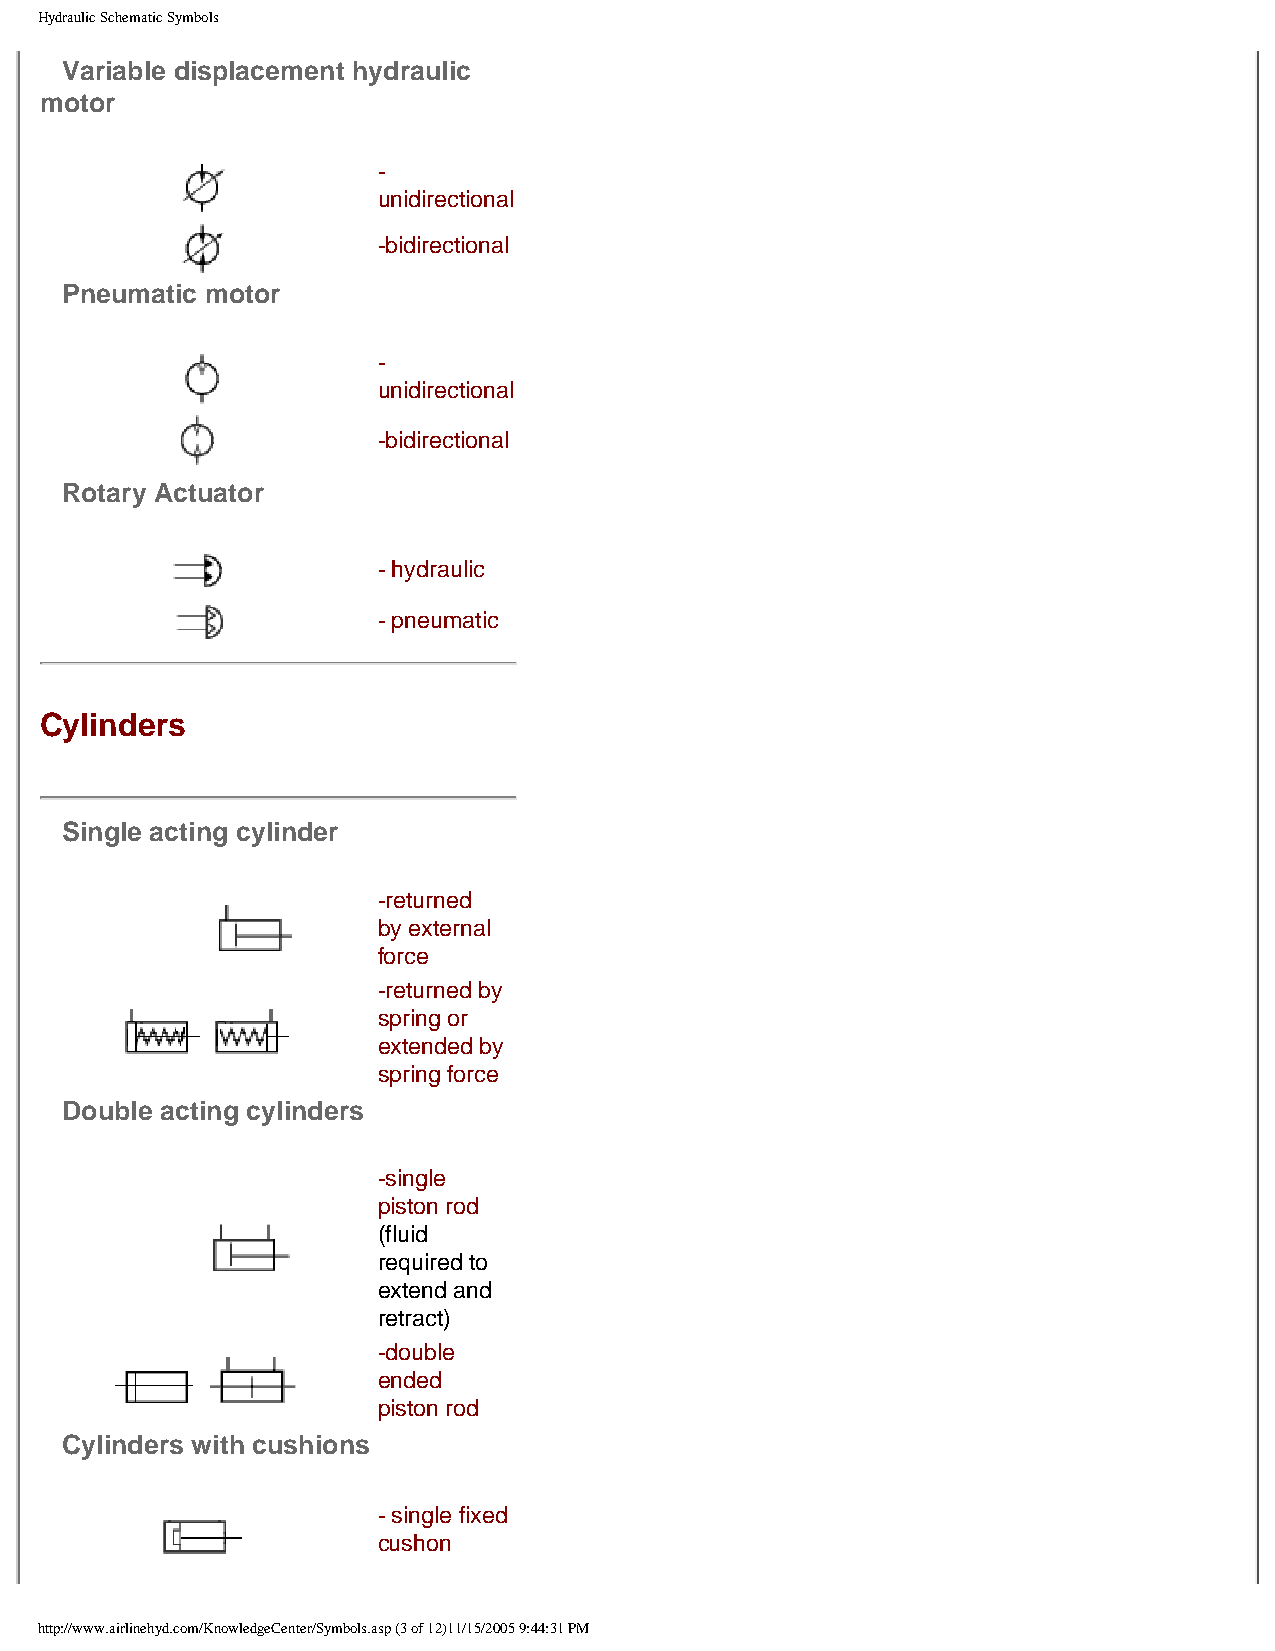
Hydraulic Schematic Symbols
 Variable displacement hydraulic
 motor
 -
 unidirectional
 -bidirectional
 Pneumatic motor
 -
 unidirectional
 -bidirectional
 Rotary Actuator
 - hydraulic
 - pneumatic
 Cylinders
 Single acting cylinder
 -returned
 by external
 force
 -returned by
 spring or
 extended by
 spring force
 Double acting cylinders
 -single
 piston rod
 (fluid
 required to
 extend and
 retract)
 -double
 ended
 piston rod
 Cylinders with cushions
 - single fixed
 cushon
 http://www.airlinehyd.com/KnowledgeCenter/Symbols.asp (3 of 12)11/15/2005 9:44:31 PM